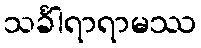
သင်္ခါရာရာမဿ